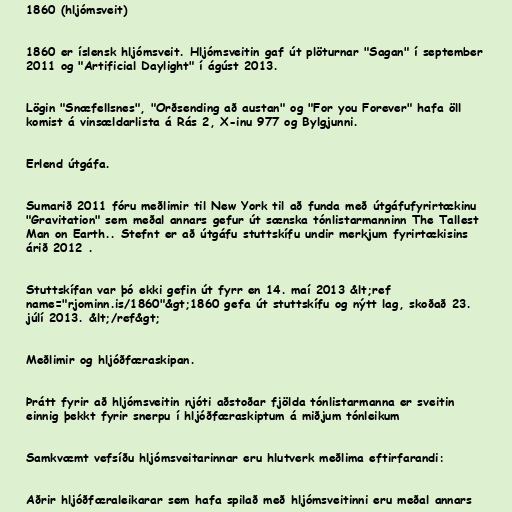
1860 (hljómsveit)

1860 er íslensk hljómsveit. Hljómsveitin gaf út plöturnar "Sagan" í september
2011 og "Artificial Daylight" í ágúst 2013.

Lögin "Snæfellsnes", "Orðsending að austan" og "For you Forever" hafa öll
komist á vinsældarlista á Rás 2, X-inu 977 og Bylgjunni.

Erlend útgáfa.

Sumarið 2011 fóru meðlimir til New York til að funda með útgáfufyrirtækinu
"Gravitation" sem meðal annars gefur út sænska tónlistarmanninn The Tallest
Man on Earth.. Stefnt er að útgáfu stuttskífu undir merkjum fyrirtækisins
árið 2012 .

Stuttskífan var þó ekki gefin út fyrr en 14. maí 2013 &lt;ref
name="rjominn.is/1860"&gt;1860 gefa út stuttskífu og nýtt lag, skoðað 23.
júlí 2013. &lt;/ref&gt;

Meðlimir og hljóðfæraskipan.

Þrátt fyrir að hljómsveitin njóti aðstoðar fjölda tónlistarmanna er sveitin
einnig þekkt fyrir snerpu í hljóðfæraskiptum á miðjum tónleikum

Samkvæmt vefsíðu hljómsveitarinnar eru hlutverk meðlima eftirfarandi:

Aðrir hljóðfæraleikarar sem hafa spilað með hljómsveitinni eru meðal annars